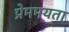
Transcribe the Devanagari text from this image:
प्रेममयता